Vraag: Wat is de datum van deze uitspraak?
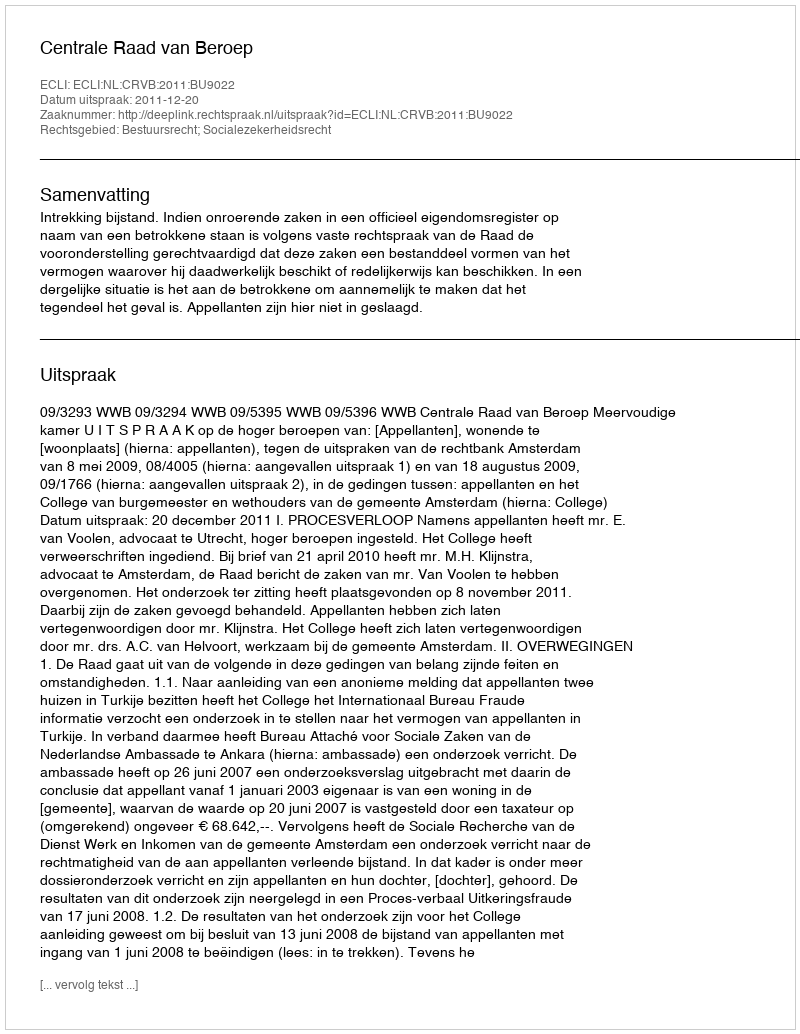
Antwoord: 2011-12-20